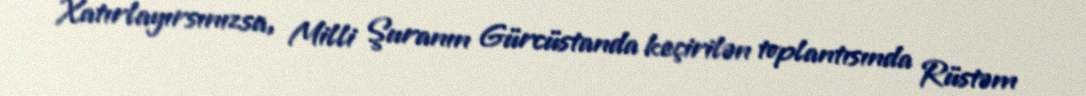
Xatırlayırsınızsa, Milli Şuranın Gürcüstanda keçirilən toplantısında Rüstəm